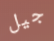
جيل